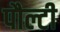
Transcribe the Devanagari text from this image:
पौल्टी